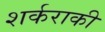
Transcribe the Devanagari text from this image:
शर्कराकी